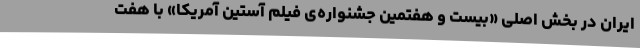
ایران در بخش اصلی «بیست و هفتمین جشنواره‌ی فیلم آستین آمریکا» با هفت